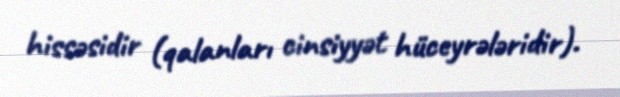
hissəsidir (qalanları cinsiyyət hüceyrələridir).